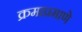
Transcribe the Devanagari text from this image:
क्रमाप्रमाणे